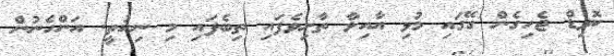
ކޮވިޑް ޖެހިގެން ގޭގައި މުޅި އާއިލާ ތާށިވެފައި ތިބެފައި މި ނިކުތީ. އަންހެނުން